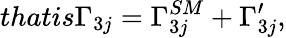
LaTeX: thatis\Gamma_{3j}=\Gamma_{3j}^{SM}+\Gamma_{3j}^{\prime},